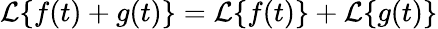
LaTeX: {\mathcal{L}}\{ f(t)+g(t)\} ={\mathcal{L}}\{ f(t)\} +{\mathcal{L}}\{ g(t)\}